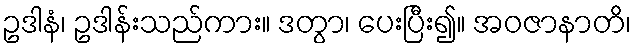
ဥဒါနံ၊ ဥဒါန်းသည်ကား။ ဒတွာ၊ ပေးပြီး၍။ အဝဇာနာတိ၊